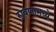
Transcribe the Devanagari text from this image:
रावणामध्ये